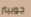
جوبيتر